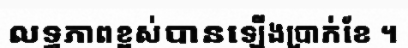
លទ្ធភាពខ្ពស់បានឡើងប្រាក់ខែ ។